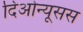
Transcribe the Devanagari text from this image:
दिओन्यूसस